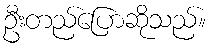
ဦးတည်ပြောဆိုသည်။